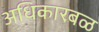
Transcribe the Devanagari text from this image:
अधिकारबळ